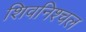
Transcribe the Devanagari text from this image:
शिवनिश्चल